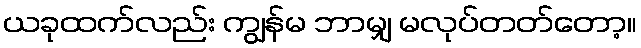
ယခုထက်လည်း ကျွန်မ ဘာမျှ မလုပ်တတ်တော့။